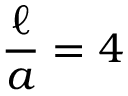
\frac { \ell } { a } = 4